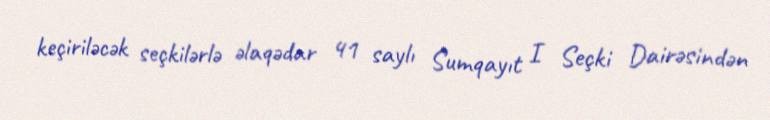
keçiriləcək seçkilərlə əlaqədar 41 saylı Sumqayıt I Seçki Dairəsindən